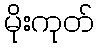
မိုးကုတ်